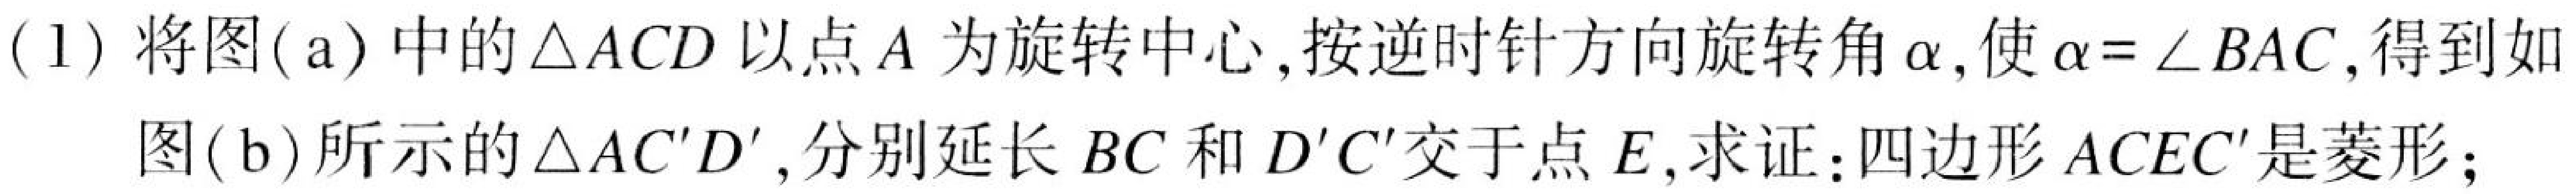
(1)将图(a)中的$\triangle ACD$以点$A$为旋转中心,按逆时针方向旋转角$\alpha$,使$\alpha = \angle BAC$,得到如
图(b)所示的$\triangle AC'D'$,分别延长$BC$和$D'C'$交于点$E$,求证:四边形$ACEC'$是菱形;